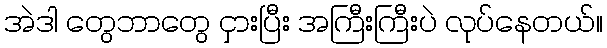
အဲဒါ တွေဘာတွေ ငှားပြီး အကြီးကြီးပဲ လုပ်နေတယ်။